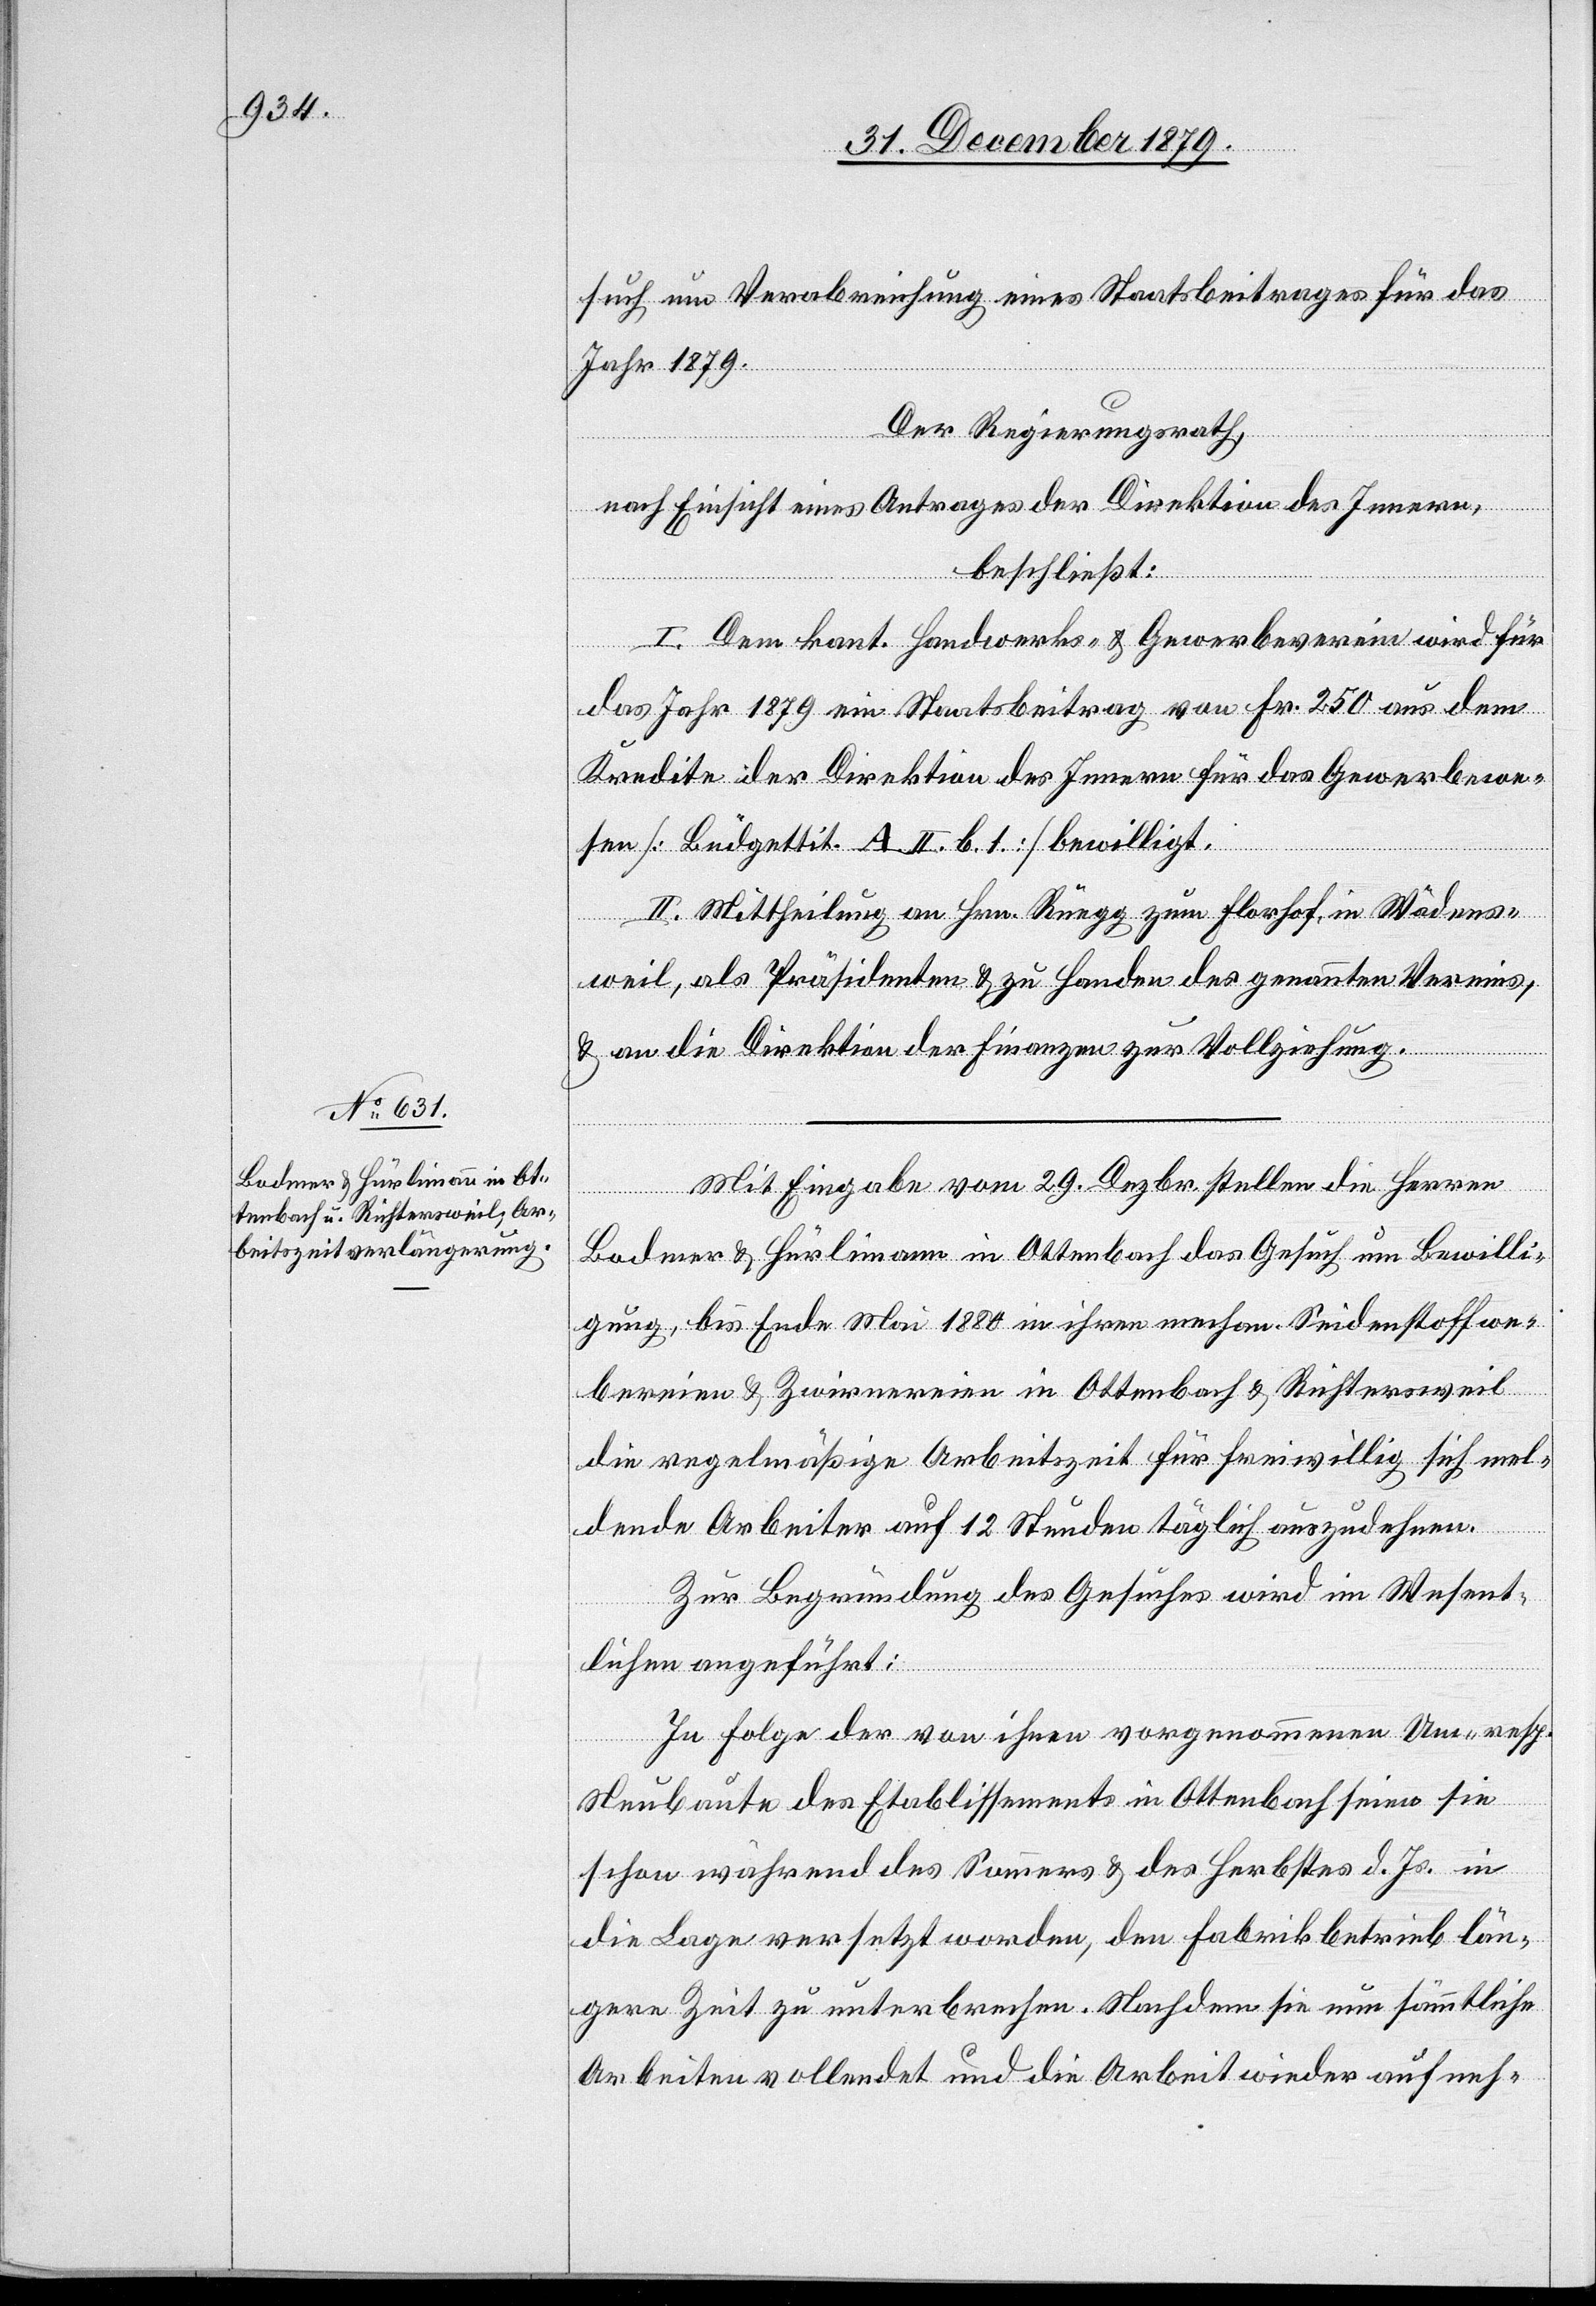
such um Verabreichung eines Staatsbeitrages für das
Jahr 1879.
Der Regierungsrat,
nach Einsicht eines Antrages der Direktion des Innern,
beschließt:
I. Dem kant. Handwerks- & Gewerbeverein wird für
das Jahr 1879 ein Staatsbeitrag von Fr. 250 aus dem
Kredite der Direktion des Innern für das Gewerbewe¬
sen [Büdgettit. A. II. b. 1] bewilligt.
II. Mittheilung an Hrn. Rüegg zum Florhof, in Wädens¬
weil, als Präsidenten & zu Handen des genannten Vereins,
& an die Direktion der Finanzen zur Vollziehung.
Mit Eingabe vom 29. Dezbr. stellen die Herren
Bodmer & Hürlimann in Ottenbach das Gesuch um Bewilli¬
gung, bis Ende Mai 1880 in ihren mechan. Seidenstoffwe¬
bereien & Zwirnereien in Ottenbach & Richtersweil
die regelmäßige Arbeitszeit für freiwillig sich mel¬
dende Arbeiter auf 12 Stunden täglich auszudehnen.
Zur Begründung des Gesuches wird im Wesent¬
lichen angeführt:
In Folge der von ihnen vorgenommenen Um- resp.
Neubaute des Etablissements in Ottenbach seien sie
schon während des Sommers & des Herbstes d. Js. in
die Lage versetzt worden, den Fabrikbetrieb län¬
gere Zeit zu unterbrechen. Nachdem sie nun sämmtliche
Arbeiten vollendet und die Arbeit wieder aufneh-